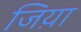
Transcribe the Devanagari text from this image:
जिय़ा